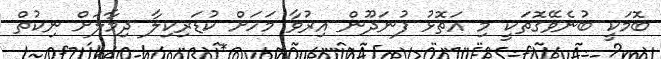
ބޮމަކީ ބުނެވޭގޮތަކީ މި އަތޮޅު ފުނަދޫން އިރުވާ މަހަށް ކުޑަރިކިލާ ދިމާލަށް ނިކުތް